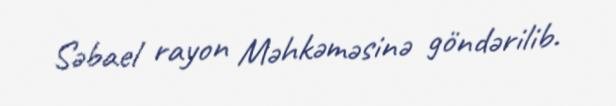
Səbael rayon Məhkəməsinə göndərilib.